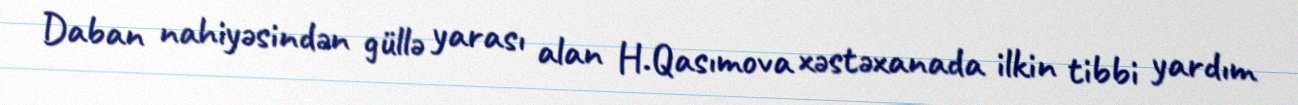
Daban nahiyəsindən güllə yarası alan H.Qasımova xəstəxanada ilkin tibbi yardım